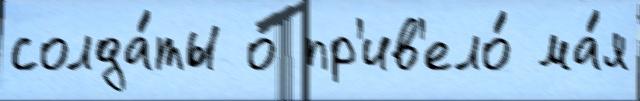
солда́ты о пр'ив'ело́ ма́я